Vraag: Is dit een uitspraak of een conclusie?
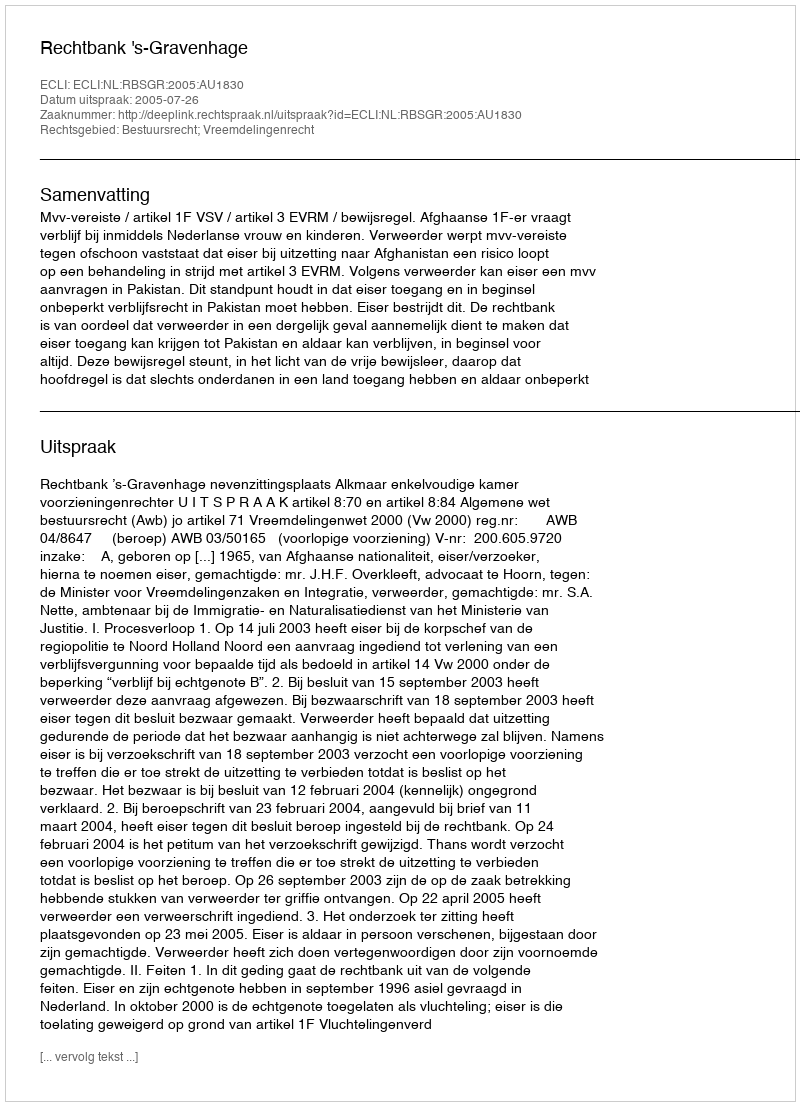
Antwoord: Uitspraak